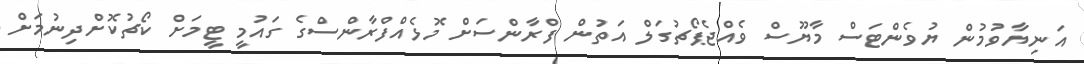
އަނިޔާވުމުން ޔުވެންޓަސް މާޔޫސް ވެއްޖެޕޯޗުގަލް އަތުން ފްރާންސަށް މޮޅެއްފްރާންސްގެ ގައުމީ ޓީމަށް ކޯޗުކޮށްދިނުމަށް